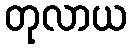
တုလာယ